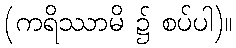
(ကရိဿာမိ ၌ စပ်ပါ)။